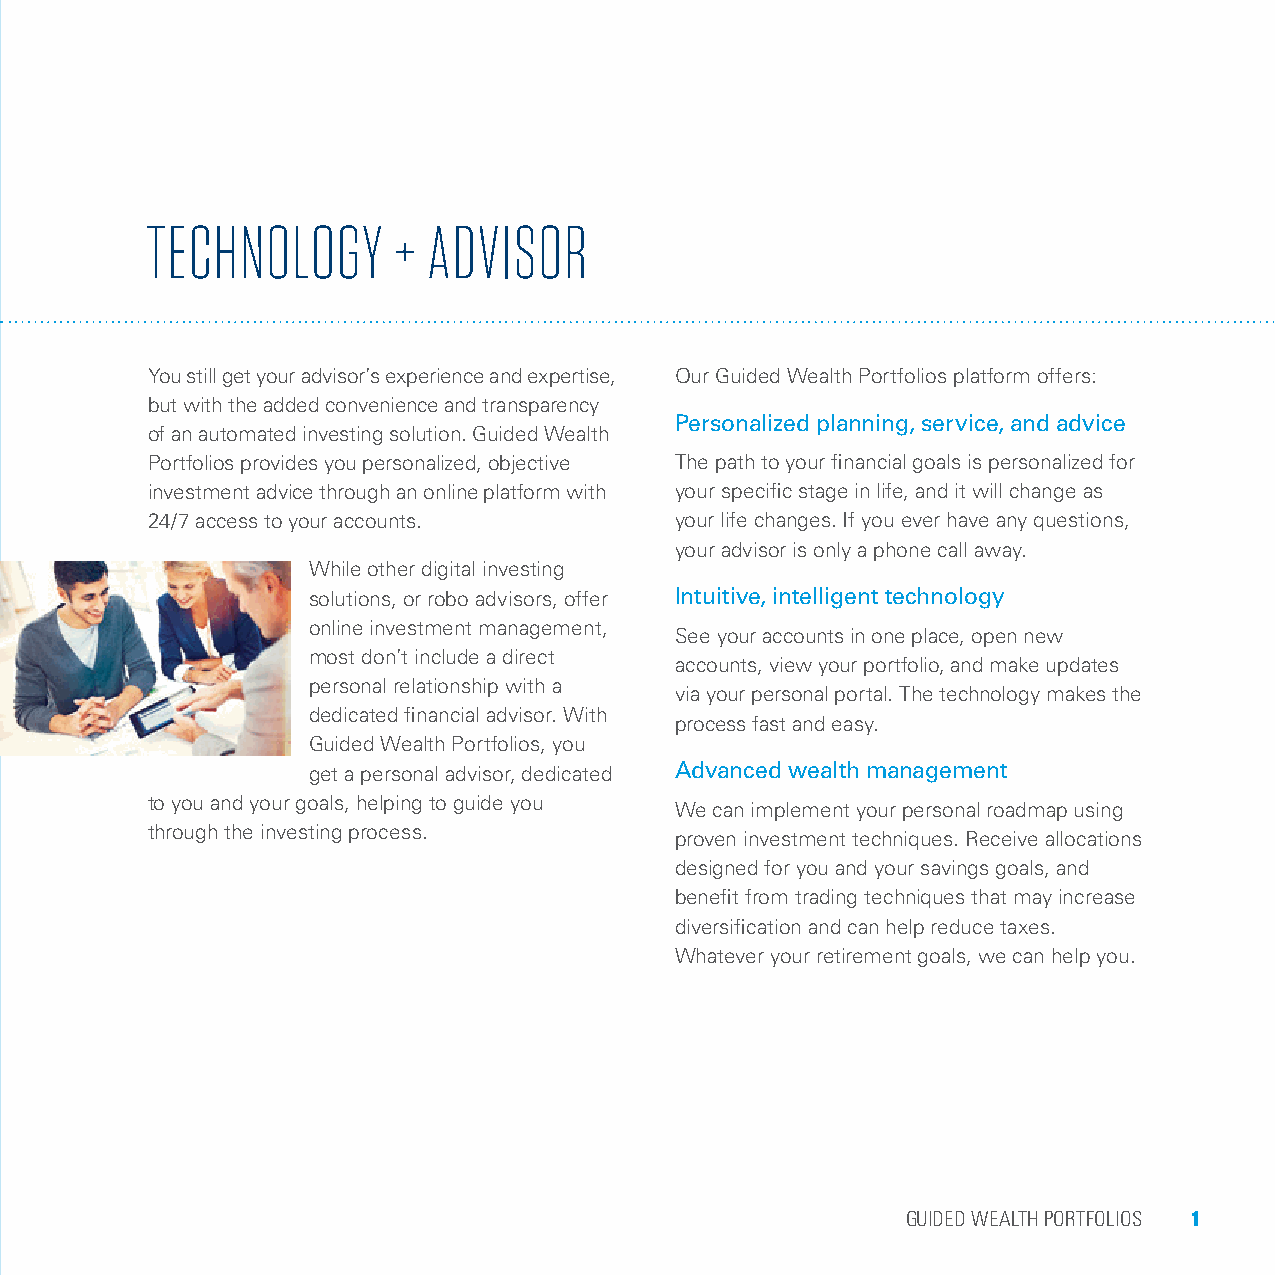
TECHNOLOGY      + ADVISOR
 You still get your advisor’s experience and expertise, Our Guided Wealth Portfolios platform offers:
 but with the added convenience and transparency
 Personalized planning, service, and advice
 of an automated investing solution. Guided Wealth
 Portfolios provides you personalized, objective The path to your financial goals is personalized for
 investment advice through an online platform with your specific stage in life, and it will change as
 24/7 access to your accounts.      your life changes. If you ever have any questions,
 your advisor is only a phone call away.
 While other digital investing
 solutions, or robo advisors, offer Intuitive, intelligent technology
 online investment management,
 See your accounts in one place, open new
 most don’t include a direct
 accounts, view your portfolio, and make updates
 personal relationship with a
 via your personal portal. The technology makes the
 dedicated financial advisor. With
 process fast and easy.
 Guided Wealth Portfolios, you
 get a personal advisor, dedicated Advanced wealth management
 to you and your goals, helping to guide you
 We can implement your personal roadmap using
 through the investing process.
 proven investment techniques. Receive allocations
 designed for you and your savings goals, and
 benefit from trading techniques that may increase
 diversification and can help reduce taxes.
 Whatever your retirement goals, we can help you.
 GUIDED WEALTH PORTFOLIOS 1